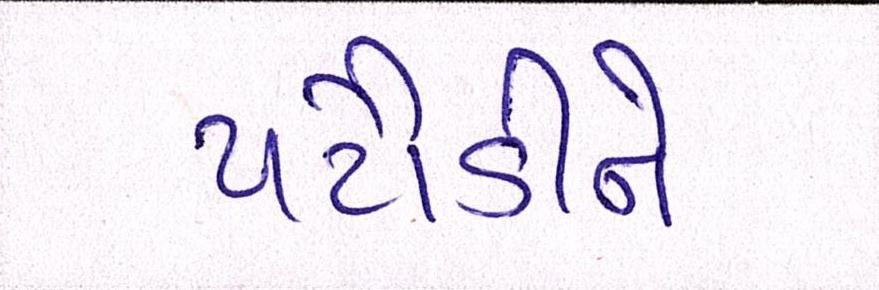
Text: પટૌડીને